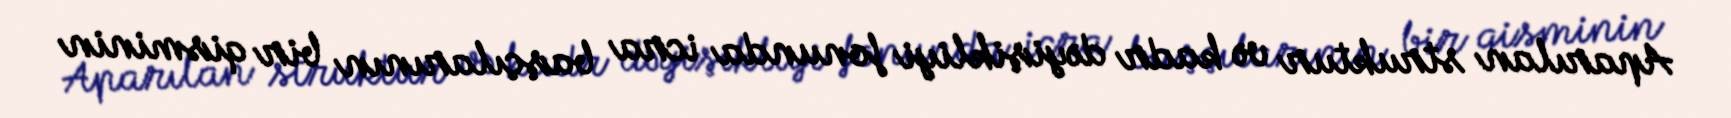
Aparılan struktur və kadr dəyişikliyi fonunda icra başçılarının bir qisminin